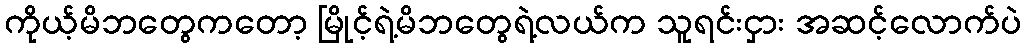
ကိုယ့်မိဘတွေကတော့ မြိုင့်ရဲ့မိဘတွေရဲ့လယ်က သူရင်းငှား အဆင့်လောက်ပဲ